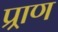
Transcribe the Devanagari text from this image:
प्र्राण